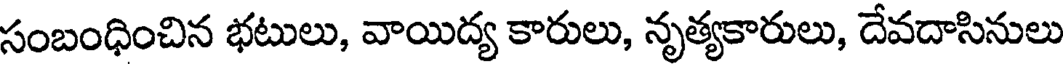
సంబంధించిన భటులు, వాయిద్య కారులు, నృత్యకారులు, దేవదాసినులు